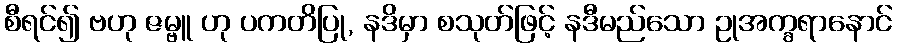
စီရင်၍ ဗဟု ဇမ္ဗူ ဟု ပကတိပြု, နဒိမှာ စသုတ်ဖြင့် နဒီမည်သော ဥုအက္ခရာနောင်